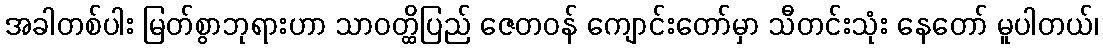
အခါတစ်ပါး မြတ်စွာဘုရားဟာ သာဝတ္ထိပြည် ဇေတဝန် ကျောင်းတော်မှာ သီတင်းသုံး နေတော် မူပါတယ်၊